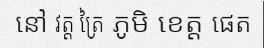
នៅ វត្ត ត្រៃ ភូមិ ខេត្ត ផេត